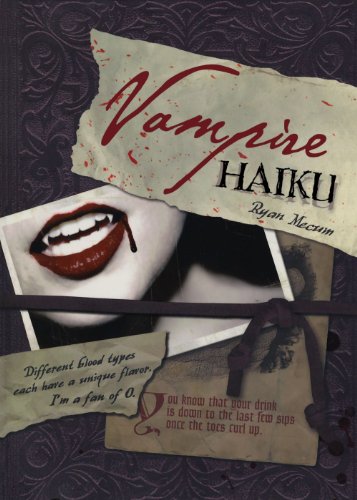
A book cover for Vampire Haiku; Ryan Mecum; Humor & Entertainment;